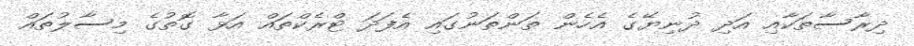
ދިރާސާތަކާއި އަދި ދުނިޔޭގެ އެހެން ތަންތަނުގައި އެފަދަ ޓްރެކްތައް އަޅާ ގޮތުގެ މިސާލުތައް